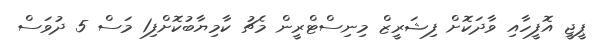
ޕީޖީ އޮފީހާއި ވާދަކޮށް ފިޝަރީޒް މިނިސްޓްރީން މެޗު ކާމިޔާބުކޮށްފި1 މަސް 5 ދުވަސް